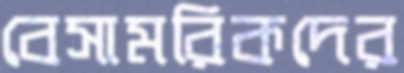
বেসামরিকদের